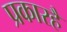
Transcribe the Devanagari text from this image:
प्रकारहैं